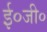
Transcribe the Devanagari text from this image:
ई०जी०